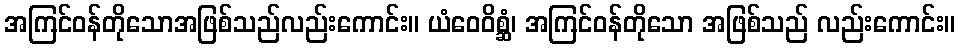
အကြင်ဝန်တိုသောအဖြစ်သည်လည်းကောင်း။ ယံဝေဝိစ္ဆံ၊ အကြင်ဝန်တိုသော အဖြစ်သည် လည်းကောင်း။